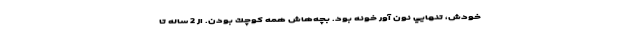
خودش، تنهايي نون آور خونه بود. بچه‌هاش همه كوچك بودن. از 2 ساله تا